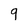
Character: 9